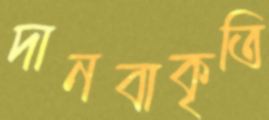
দানবাকৃতি